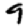
Digit: 9